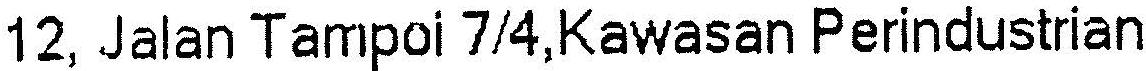
12, JALAN TAMPOI 7/4,KAWASAN PERINDUSTRIAN